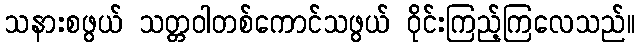
သနားစဖွယ် သတ္တဝါတစ်ကောင်သဖွယ် ဝိုင်းကြည့်ကြလေသည်။